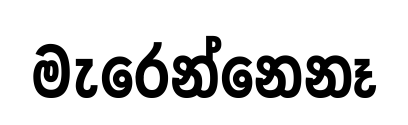
මැරෙන්නෙනෑ